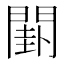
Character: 𨵗